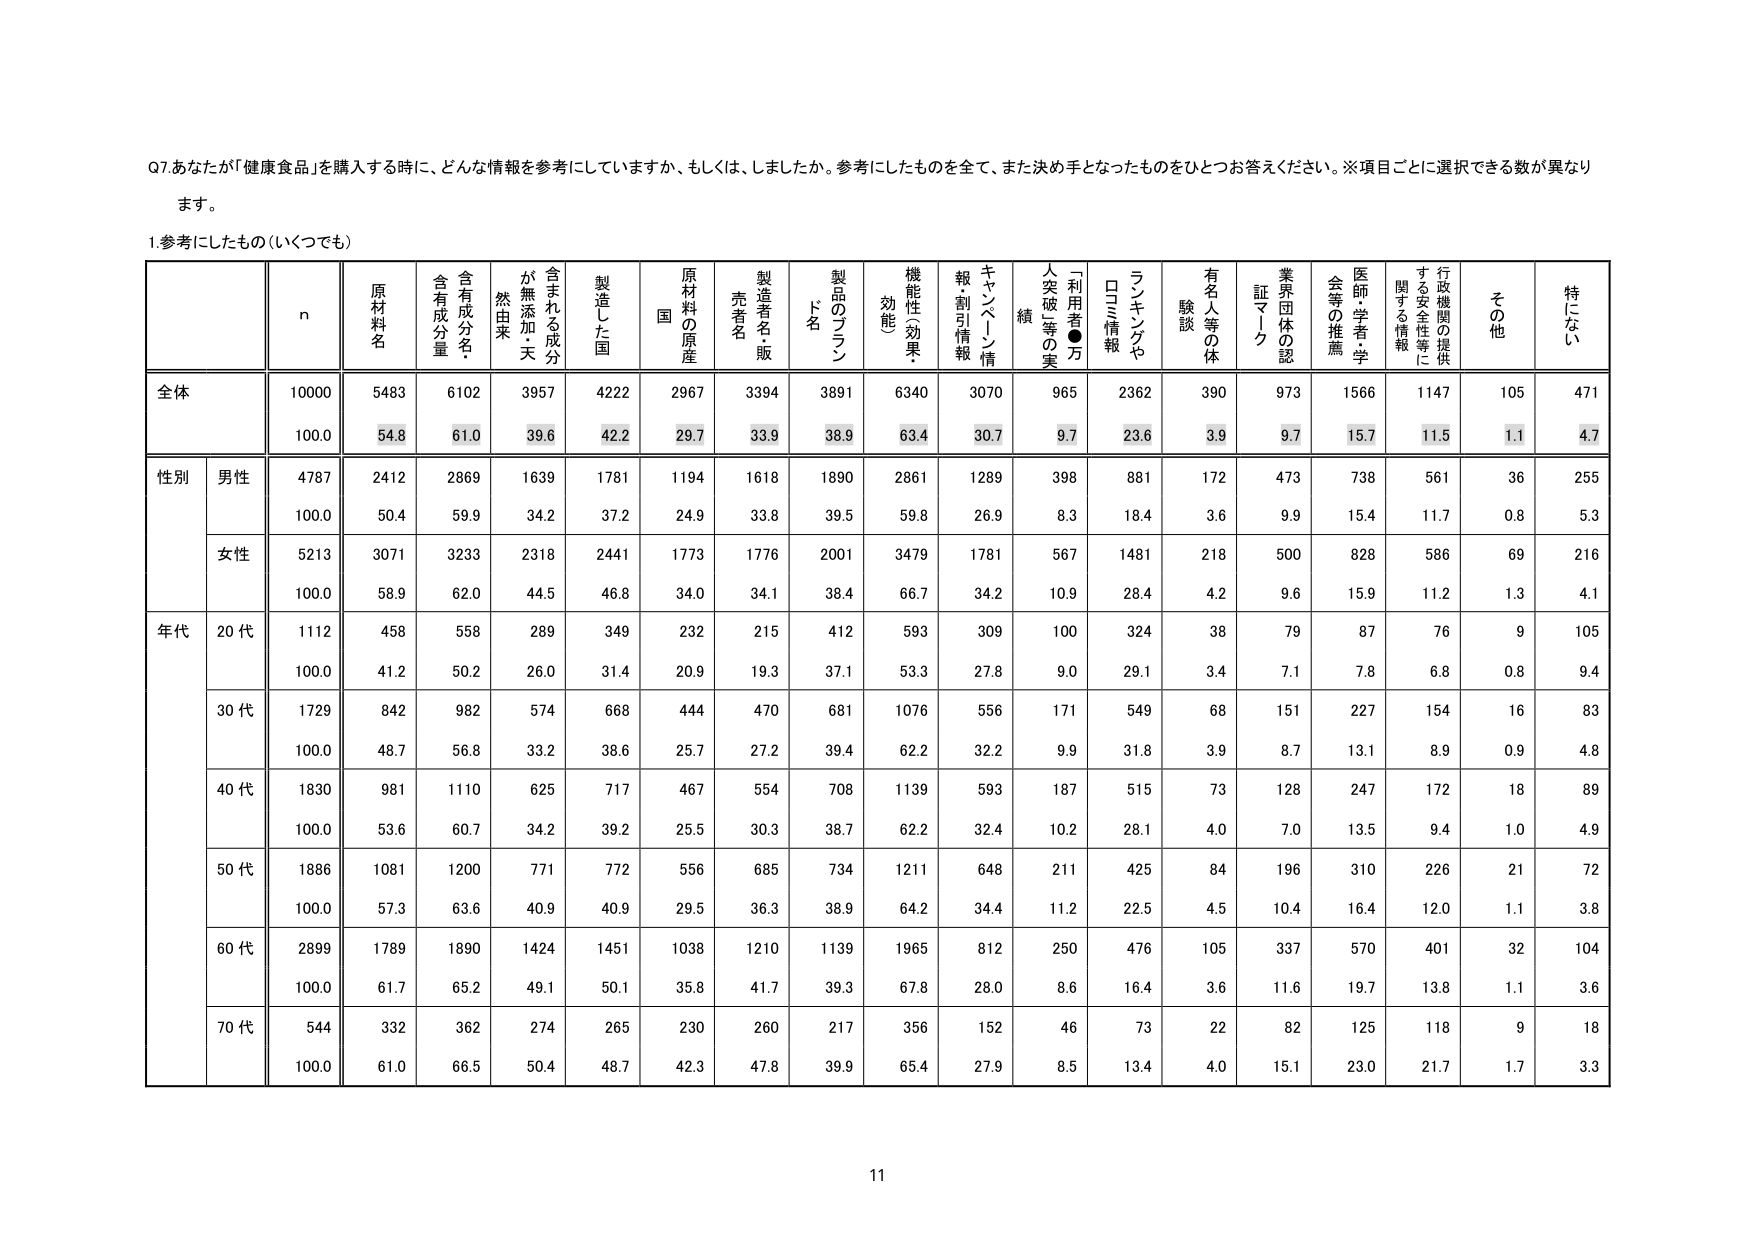
Q7.あなたが「健康食品」を購入する時に、どんな情報を参考にしていますか、もしくは、しましたか。参考にしたものを全て、また決め手となったものをひとつお答えください。※項目ごとに選択できる数が異なります。

1.参考にしたもの（いくつでも）

n 原材料名 含有成分名・含有成分量 が無添加・天然由来 含まれる成分 製造した国 国 原材料の原産 製造者名・販売者名 製品のブランド名 機能性（効果・効能） キャンペーン情報・割引情報 人突破等の実績 「利用破●万」 ランキングや口コミ情報 有名人等の体験談 業界団体の認証マーク 医師・学者・学会等の推薦 行政機関の提供する安全性等に関する情報 その他 特にない

全体 10000 5483 6102 3957 4222 2967 3394 3891 6340 3070 965 2362 390 973 1566 1147 105 471
100.0 54.8 61.0 39.6 42.2 29.7 33.9 38.9 63.4 30.7 9.7 23.6 3.9 9.7 15.7 11.5 1.1 4.7

性別 男性 4787 2412 2869 1639 1781 1194 1618 1890 2861 1289 398 881 172 473 738 561 36 255
100.0 50.4 59.9 34.2 37.2 24.9 33.8 39.5 59.8 26.9 8.3 18.4 3.6 9.9 15.4 11.7 0.8 5.3

女性 5213 3071 3233 2318 2441 1773 1776 2001 3479 1781 567 1481 218 500 828 586 69 216
100.0 58.9 62.0 44.5 46.8 34.0 34.1 38.4 66.7 34.2 10.9 28.4 4.2 9.6 15.9 11.2 1.3 4.1

年代 20代 1112 458 558 289 349 232 215 412 593 309 100 324 38 79 87 76 9 105
100.0 41.2 50.2 26.0 31.4 20.9 19.3 37.1 53.3 27.8 9.0 29.1 3.4 7.1 7.8 6.8 0.8 9.4

30代 1729 842 982 574 668 444 470 681 1076 556 171 549 68 151 227 154 16 83
100.0 48.7 56.8 33.2 38.6 25.7 27.2 39.4 62.2 32.2 9.9 31.8 3.9 8.7 13.1 8.9 0.9 4.8

40代 1830 981 1110 625 717 467 554 708 1139 593 187 515 73 128 247 172 18 89
100.0 53.6 60.7 34.2 39.2 25.5 30.3 38.7 62.2 32.4 10.2 28.1 4.0 7.0 13.5 9.4 1.0 4.9

50代 1886 1081 1200 771 772 556 685 734 1211 648 211 425 84 196 310 226 21 72
100.0 57.3 63.6 40.9 40.9 29.5 36.3 38.9 64.2 34.4 11.2 22.5 4.5 10.4 16.4 12.0 1.1 3.8

60代 2899 1789 1890 1424 1451 1038 1210 1139 1965 812 250 476 105 337 570 401 32 104
100.0 61.7 65.2 49.1 50.1 35.8 41.7 39.3 67.8 28.0 8.6 16.4 3.6 11.6 19.7 13.8 1.1 3.6

70代 544 332 362 274 265 230 260 217 356 152 46 73 22 82 125 118 9 18
100.0 61.0 66.5 50.4 48.7 42.3 47.8 39.9 65.4 27.9 8.5 13.4 4.0 15.1 23.0 21.7 1.7 3.3

11